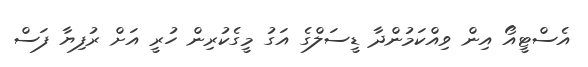
އެސްޓީއޯ އިން ވިއްކަމުންދާ ޑީސަލްގެ އަގު މީގެކުރިން ހުރީ އަށް ރުފިޔާ ފަސް